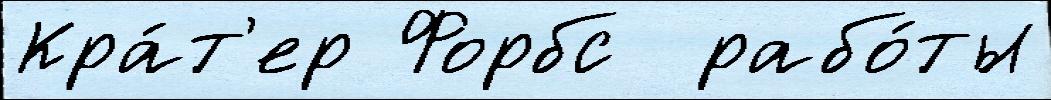
Кра́т'ер Форбс  рабо́ты